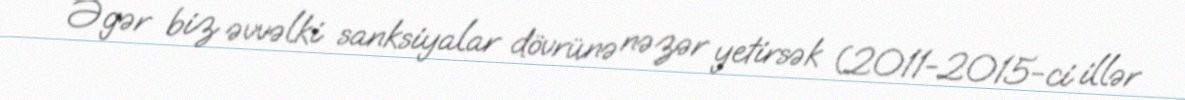
Əgər biz əvvəlki sanksiyalar dövrünə nəzər yetirsək (2011-2015-ci illər